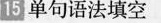
15 单句语法填空